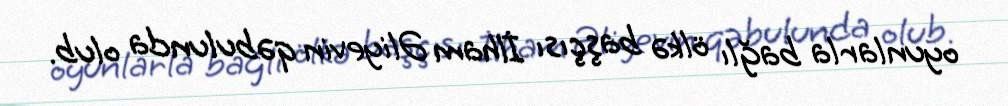
oyunlarla bağlı ölkə başçısı İlham Əliyevin qəbulunda olub.